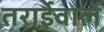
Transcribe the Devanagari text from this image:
तराईवाले